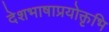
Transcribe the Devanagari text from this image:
देशभाषाप्रयोक्तृभि